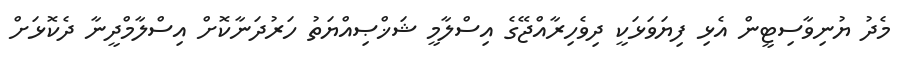
މެދު ޔުނިވާސިޓީން އެޅި ފިޔަވަޅަކީ ދިވެހިރާއްޖޭގެ އިސްލާމީ ޝަޚްޞިއްޔަތު ހަރުދަނާކޮށް އިސްލާމްދީނާ ދެކޮޅަށް